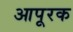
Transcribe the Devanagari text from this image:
आपूरक